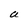
Character: U